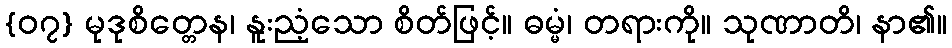
{၀၇} မုဒုစိတ္တေန၊ နူးညံ့သော စိတ်ဖြင့်။ ဓမ္မံ၊ တရားကို။ သုဏာတိ၊ နာ၏။